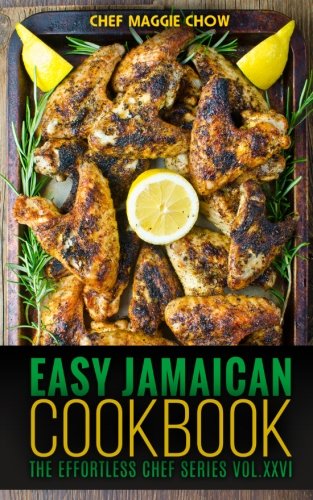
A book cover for Easy Jamaican Cookbook; Chef Maggie Chow; Cookbooks, Food & Wine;